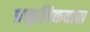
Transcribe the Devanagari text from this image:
प्राकृतिकवास